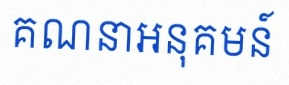
គណនាអនុគមន៍